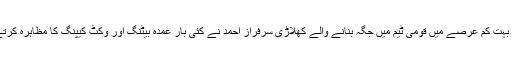
یاد رہے اپنی عمدہ کارکردگی سے بہت کم عرصے میں قومی ٹیم میں جگہ بنانے والے کھلاڑی سرفراز احمد نے کئی بار عمدہ بیٹنگ اور وکٹ کیپنگ کا مظاہرہ کرتے ہوئے پاکستان کو فتح دلوائی ہے۔